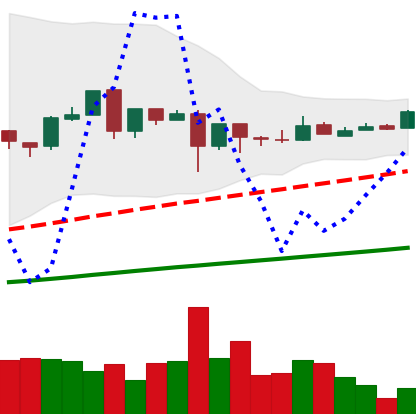
Ticker: BTC-USD
Chart end date: 2016-07-17
Forward return: -4.245%
Label: down_3_5